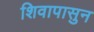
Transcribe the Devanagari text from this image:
शिवापासुन